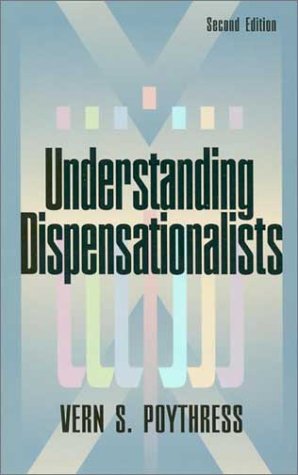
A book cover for Understanding Dispensationalists; Vern Sheridan Poythress; Christian Books & Bibles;